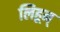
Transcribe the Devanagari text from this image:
लिहून्